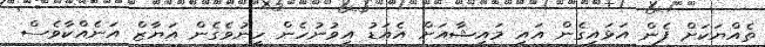
ތެއްޔަކަށް ފެން އަޅައިގެން އައި މައިޝާއަށް އެއަޑު އިވުނުހެން ހީނުވެގެން އަޔާޒް އަނެއްކާވެސް